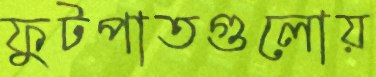
ফুটপাতগুলোয়